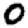
Digit: 0